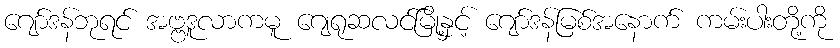
ဂျော်ဒန်ဘုရင် အဗ္ဗဒူလာကမူ ဂျေရုဆလင်မြို့နှင့် ဂျော်ဒန်မြစ်အနောက် ကမ်းပါးတို့ကို